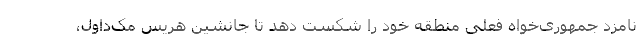
نامزد جمهوری‌خواه فعلی منطقه خود را شکست دهد تا جانشین هریس مک‌داول،